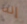
إنه